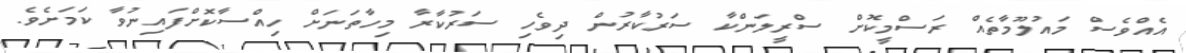
އެއްވެސް މައުލޫމާތެއް ރަސްމީކޮށް ސްރީލަންކާ ސަރުކާރުން ދިވެހި ސަރުކާރާ މިހާތަނަށް ހިއްސާކޮށްފައިނުވާ ކަމަށެވެ.